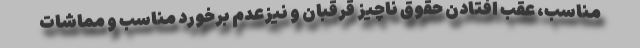
مناسب، عقب افتادن حقوق ناچیز قرقبان و نیزعدم برخورد مناسب و مماشات